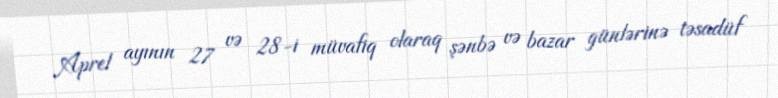
Aprel ayının 27 və 28-i müvafiq olaraq şənbə və bazar günlərinə təsadüf